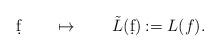
LaTeX: \begin{align*}\d f\qquad\mapsto \qquad\tilde L(\d f):= L(f).\end{align*}